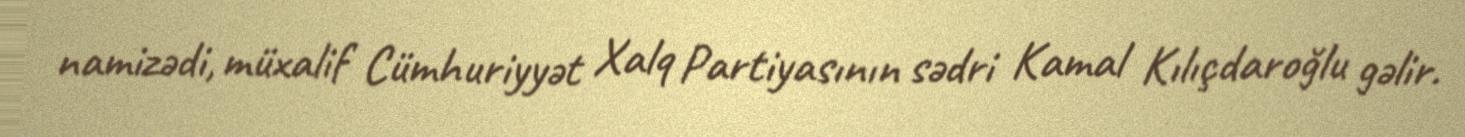
namizədi, müxalif Cümhuriyyət Xalq Partiyasının sədri Kamal Kılıçdaroğlu gəlir.